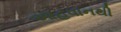
આહવાનથી